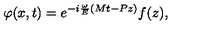
\varphi ( x , t ) = e ^ { - i \frac \omega E ( M t - P z ) } f ( z ) ,